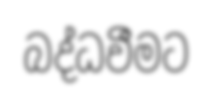
බද්ධවීමට